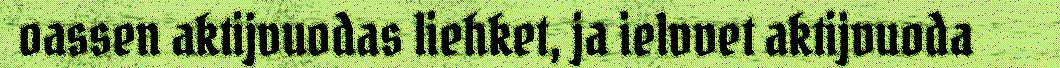
oassen aktijvuodas liehket, ja ielvvet aktijvuoda